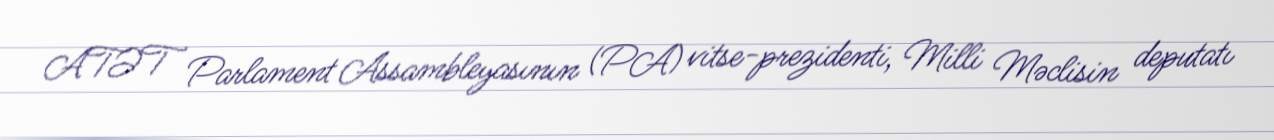
ATƏT Parlament Assambleyasının (PA) vitse-prezidenti, Milli Məclisin deputatı